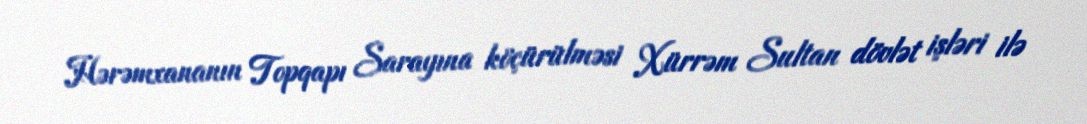
Hərəmxananın Topqapı Sarayına köçürülməsi Xürrəm Sultan dövlət işləri ilə